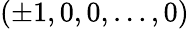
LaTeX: (\pm 1,0,0,\dots,0)